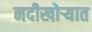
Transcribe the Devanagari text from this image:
नदीखोर्‍यात